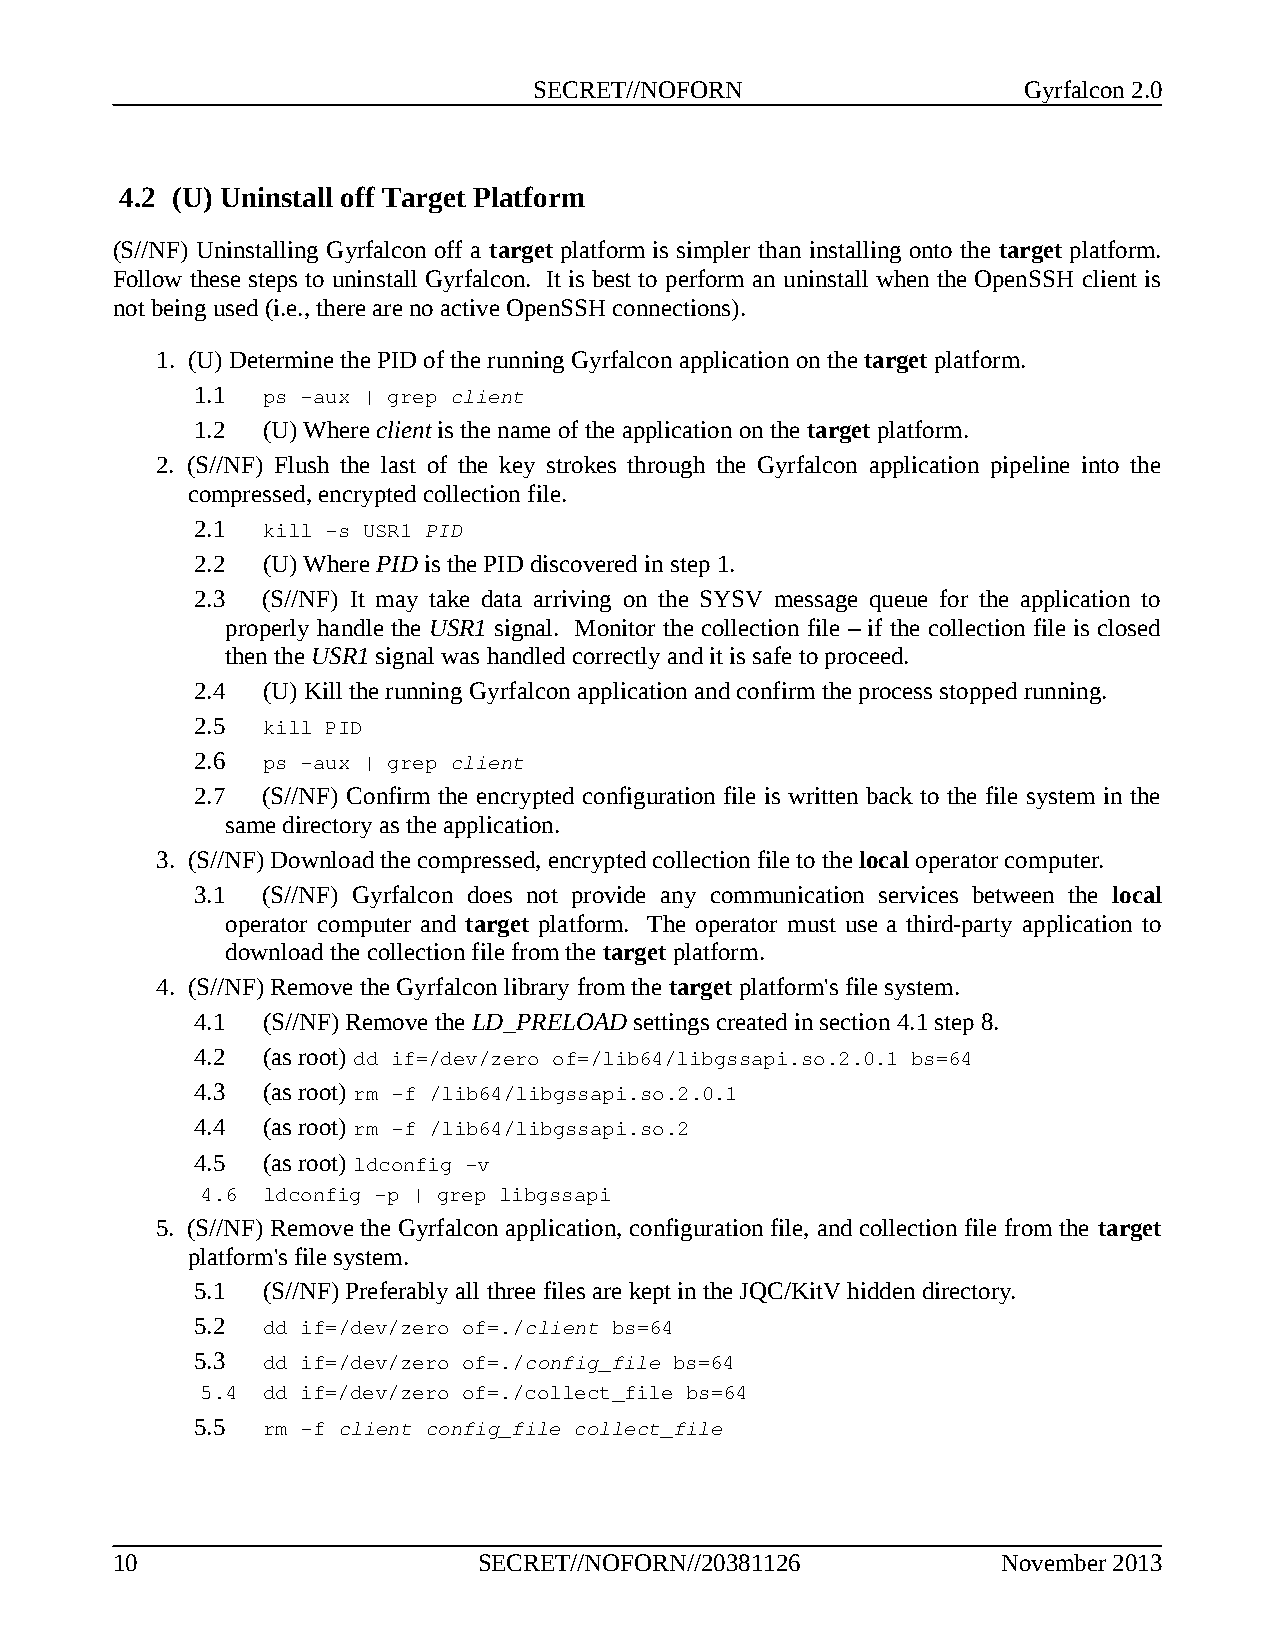
SECRET//NOFORN                   Gyrfalcon 2.0
 4.2 (U) Uninstall off Target Platform
 (S//NF) Uninstalling Gyrfalcon off a target platform is simpler than installing onto the target platform.
 Follow these steps to uninstall Gyrfalcon. It is best to perform an uninstall when the OpenSSH client is
 not being used (i.e., there are no active OpenSSH connections).
 1. (U) Determine the PID of the running Gyrfalcon application on the target platform.
 1.1 ps -aux | grep client
 1.2 (U) Where client is the name of the application on the target platform.
 2. (S//NF) Flush the last of the key strokes through the Gyrfalcon application pipeline into the
 compressed, encrypted collection file.
 2.1 kill -s USR1 PID
 2.2 (U) Where PID is the PID discovered in step 1.
 2.3 (S//NF) It may take data arriving on the SYSV message queue for the application to
 properly handle the USR1 signal. Monitor the collection file – if the collection file is closed
 then the USR1 signal was handled correctly and it is safe to proceed.
 2.4 (U) Kill the running Gyrfalcon application and confirm the process stopped running.
 2.5 kill PID
 2.6 ps -aux | grep client
 2.7 (S//NF) Confirm the encrypted configuration file is written back to the file system in the
 same directory as the application.
 3. (S//NF) Download the compressed, encrypted collection file to the local operator computer.
 3.1 (S//NF) Gyrfalcon does not provide any communication services between the local
 operator computer and target platform. The operator must use a third-party application to
 download the collection file from the target platform.
 4. (S//NF) Remove the Gyrfalcon library from the target platform's file system.
 4.1 (S//NF) Remove the LD_PRELOAD settings created in section 4.1 step 8.
 4.2 (as root) dd if=/dev/zero of=/lib64/libgssapi.so.2.0.1 bs=64
 4.3 (as root) rm -f /lib64/libgssapi.so.2.0.1
 4.4 (as root) rm -f /lib64/libgssapi.so.2
 4.5 (as root) ldconfig -v
 4.6 ldconfig -p | grep libgssapi
 5. (S//NF) Remove the Gyrfalcon application, configuration file, and collection file from the target
 platform's file system.
 5.1 (S//NF) Preferably all three files are kept in the JQC/KitV hidden directory.
 5.2 dd if=/dev/zero of=./client bs=64
 5.3 dd if=/dev/zero of=./config_file bs=64
 5.4 dd if=/dev/zero of=./collect_file bs=64
 5.5 rm -f client config_file collect_file
 10                       SECRET//NOFORN//20381126          November 2013